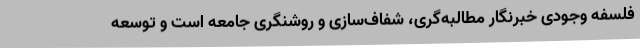
فلسفه وجودی خبرنگار مطالبه‌گری، شفاف‌سازی و روشنگری جامعه است و توسعه